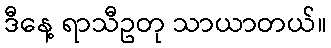
ဒီနေ့ ရာသီဥတု သာယာတယ်။